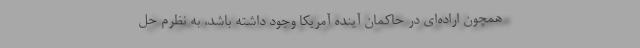
همچون اراده‌ای در حاکمان آینده آمریکا وجود داشته باشد، به نظرم حل